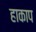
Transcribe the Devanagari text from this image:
हाकाप